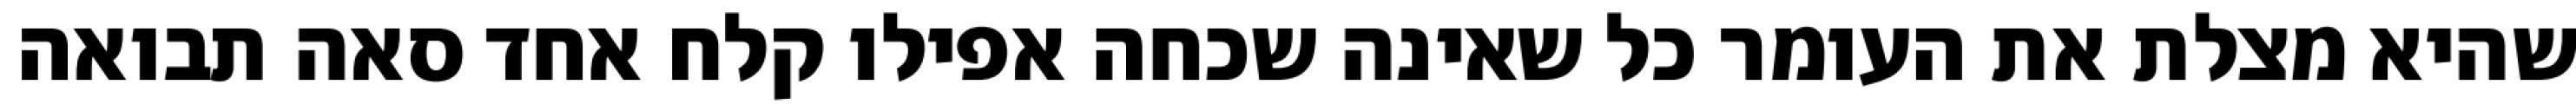
שהיא מצלת את העומר כל שאינה שכחה אפילו קלח אחד סאה תבואה